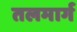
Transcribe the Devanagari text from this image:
तलमार्ग